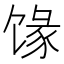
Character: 𱄄